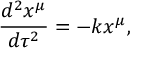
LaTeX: \frac { d ^ { 2 } x ^ { \mu } } { d \tau ^ { 2 } } = - k x ^ { \mu } ,